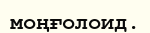
моңғолоид.